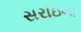
સરાઇના